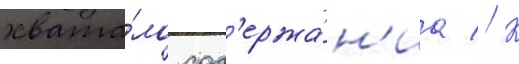
хвата́ло сод'ержа́н'иа // К